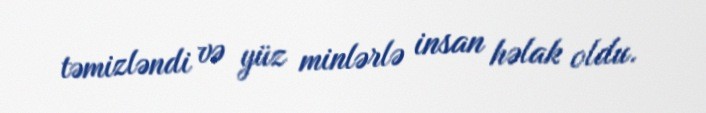
təmizləndi və yüz minlərlə insan həlak oldu.